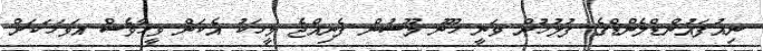
ނިއުފައުންޑްލެންޑްގެ ފުލުހުން ވަނީ ހޫނު މޫސުން ފެނިއްޖެ މީހަކު އެކަން ވީހާވެސް އަވަހަކަށް